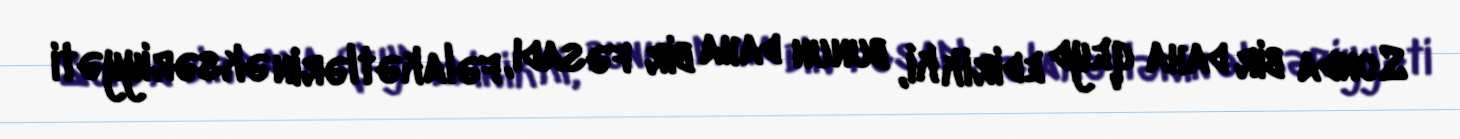
Sonda bir daha qeyd edirik ki, bunun daha bir fəsadı, fəlakətlərin əksəriyyəti